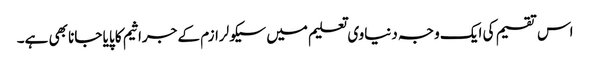
اس تقسیم کی ایک وجہ دنیاوی تعلیم میں سیکولرازم کے جراثیم کا پایا جانا بھی ہے۔